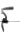
كم